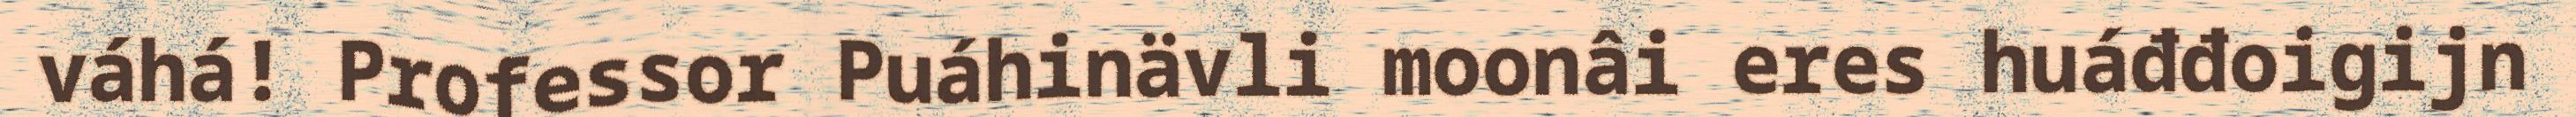
váhá! Professor Puáhinävli moonâi eres huáđđoigijn